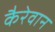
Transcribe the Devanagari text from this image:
कैरेवान